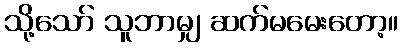
သို့သော် သူဘာမျှ ဆက်မမေးတော့။